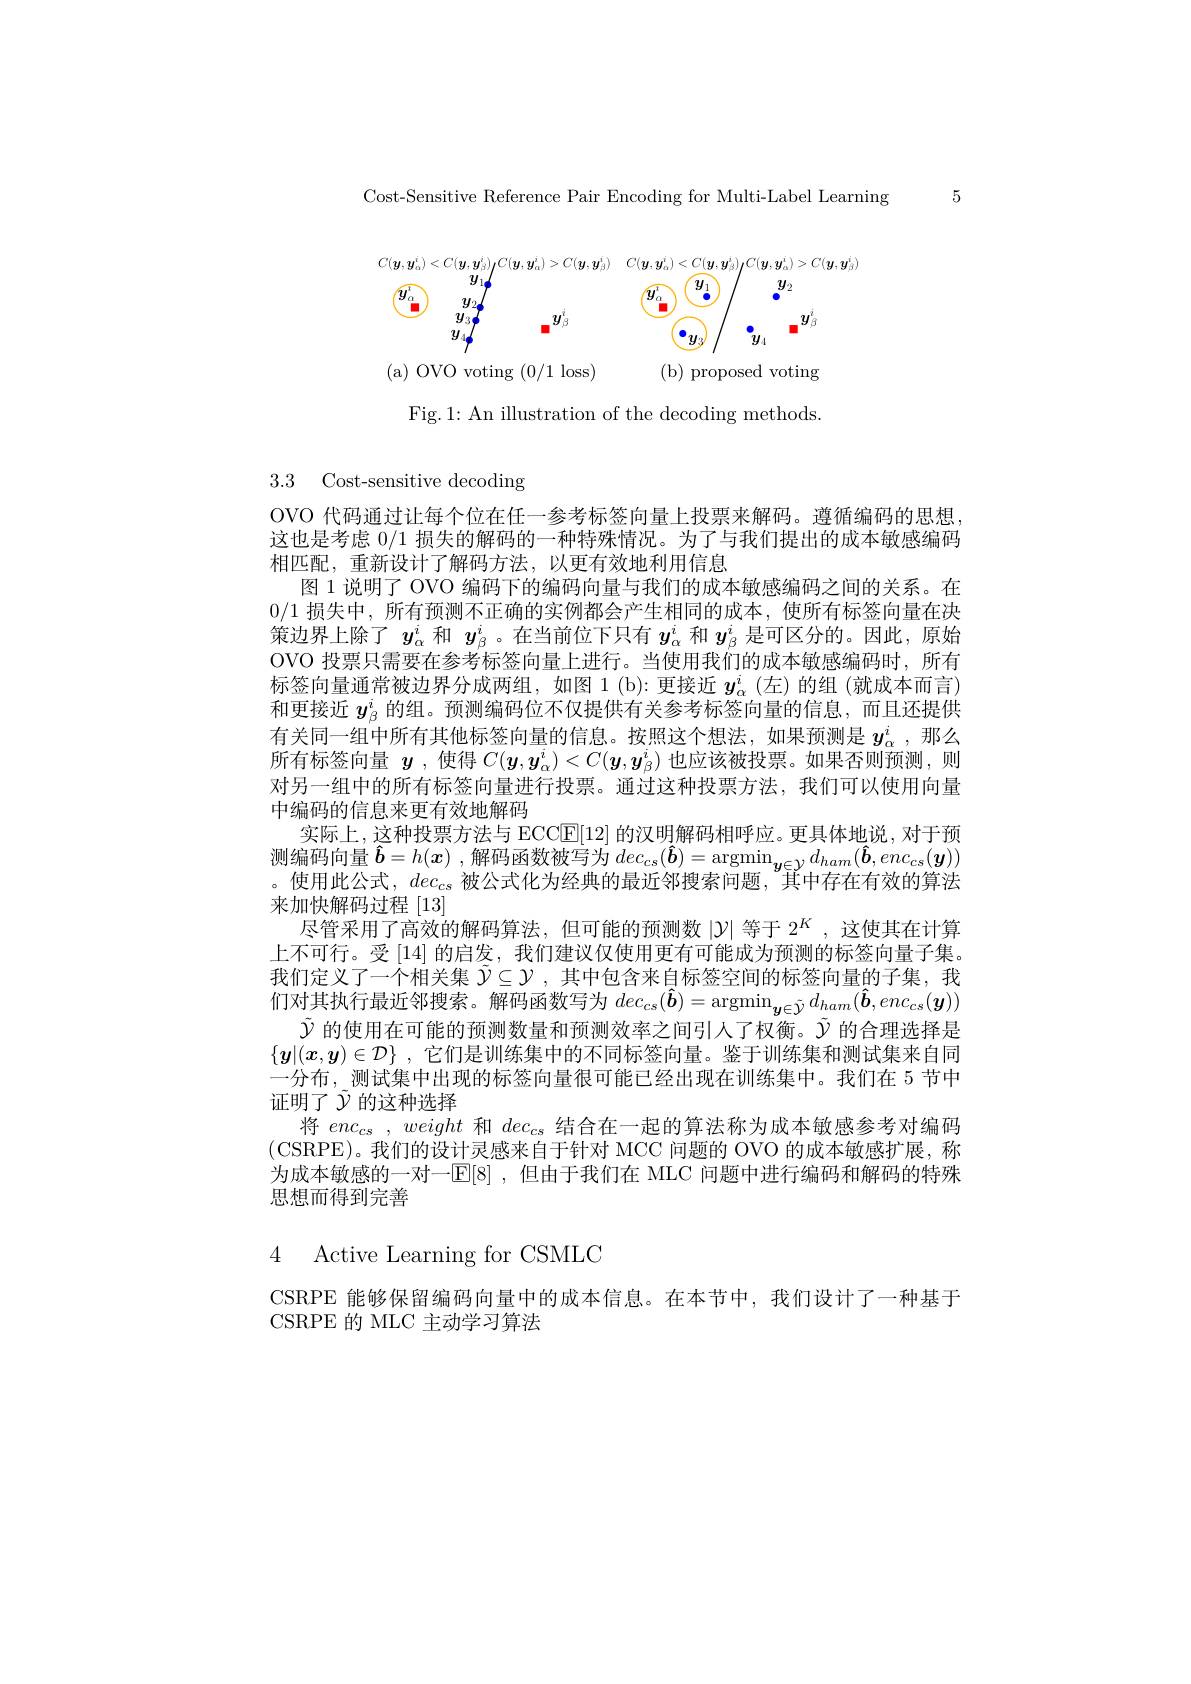
Cost-Sensitive Reference Pair Encoding for Multi-Label Learning 5
$$C(\boldsymbol{y},\boldsymbol{y}_{\alpha}^{i})<C(\boldsymbol{y},\boldsymbol{y}_{\beta}^{i})C(\boldsymbol{y},\boldsymbol{y}_{\alpha}^{i})>C(\boldsymbol{y},\boldsymbol{y}_{\beta}^{i})\quad C(\boldsymbol{y},\boldsymbol{y}_{\alpha}^{i})<C(\boldsymbol{y},\boldsymbol{y}_{\beta}^{i})C(\boldsymbol{y},\boldsymbol{y}_{\alpha}^{i})>C(\boldsymbol{y},\boldsymbol{y}_{\beta}^{i})\\\begin{array}{ccccccccccccccccccccccccccccccccccccccccccccccccccccccccccccccccccccccccccccccccccccccccccccccccccccccccccccccccccccccccccccccccccccccccccccccccccccccccccccccccccccccccccccccccccccccccccccccccccccccccccccccccccccccccccccccccccccccccccccccccccccccccccccccccccccccccccccccccccccccccccccccccccccccccccccccccccccccccccccccccccccccccccccccccccccccccccccccccccccccccccccccccccccccccccccccccccccccccccccccccccccccccccccccccccccccccccccccccccccccccccccccccccccccccccccccccccccccccccccccccccccccccccccccccccccccccccccccccccccccccccccccccccccccccccccccccccccccccccccccccccccccccccccccccccccccccccccccccccccccccccccccccccccccccccccccccccccccccccccccccccccccccccccccccccccccccccccccccccccccccccccccccccccccccccccccccccccccccccccccccccccccccccccccccccccccccccccccccccccccccccccccccccccccccccccccccccccccccccccccccccccccccccccccccccccccccccccccccccccccccccccccccccccc}\end{array}$$
( a) OVO voting ( 0/ 1 loss)
(b)proposed voting

Fig.1: An illustration of the decoding methods

3.3 Cost-sensitive decoding

OVO 代码通过让每个位在任一参考标签向量上投票来解码。遵循编码的思想这也是考虑0/1损失的解码的一种特殊情况。为了与我们提出的成本敏感编码相匹配，重新设计了解码方法，以更有效地利用信息
图 1 说明了 OVO 编码下的编码向量与我们的成本敏感编码之间的关系。在0/1损失中，所有预测不正确的实例都会产生相同的成本，使所有标签向量在决策边界上除了$y_{\alpha}^i$和$y_\mathrm{\beta}^i$ 。在当前位下只有$y_\mathrm{\alpha}^i$和$y_\mathrm{\beta}^i$是可区分的。因此，原始OVO 投票只需要在参考标签向量上进行。当使用我们的成本敏感编码时，所有标签向量通常被边界分成两组，如图 1(b):更接近$y_\alpha^i$ (左)的组 (就成本而言) 和更接近$y_\mathrm{\beta}^i$的组。预测编码位不仅提供有关参考标签向量的信息，而且还提供有关同一组中所有其他标签向量的信息。按照这个想法，如果预测是$y_\alpha^i$ ,那么所有标签向量$y$ ,使得$C(\boldsymbol{y},\boldsymbol{y}_\alpha^i)<C(\boldsymbol{y},\boldsymbol{y}_\beta^i)$也应该被投票。如果否则预测，则对另一组中的所有标签向量进行投票。通过这种投票方法，我们可以使用向量中编码的信息来更有效地解码
实际上，这种投票方法与 ECCCE[12] 的汉明解码相呼应。更具体地说，对于预测编码向量$\hat{\boldsymbol{b}}=h(\boldsymbol{x})$ ,解码函数被写为 $dec_cs(\hat{\boldsymbol{b}})=\underset{{\boldsymbol{y}\in\mathcal{Y}}}d_{ham}(\hat{\boldsymbol{b}},enc_{cs}(\boldsymbol{y}))$ 。使用此公式，$dec_\mathrm{cs}$被公式化为经典的最近邻搜索问题，其中存在有效的算法来加快解码过程 [13]
尽管采用了高效的解码算法，但可能的预测数$|\mathcal{Y}|$等于 2$^K$,这使其在计算上不可行。受 [14] 的启发，我们建议仅使用更有可能成为预测的标签向量子集。我们定义了一个相关集$\tilde{\mathcal{Y}}\subseteq\mathcal{Y}$,其中包含来自标签空间的标签向量的子集，我$\underset{\tilde{\boldsymbol{\text{们对其执行最近邻搜索。解码函数写为 }dec_{cs}(\hat{\boldsymbol{b}})=\operatorname{argmin}_{\boldsymbol{y}\in\tilde{\boldsymbol{y}}}d_{ham}(\hat{\boldsymbol{b}},enc_{cs}(\boldsymbol{y}))}}{\operatorname*{\text{们对其执行最近邻搜索。解码函数写为 }dec_{cs}(\hat{\boldsymbol{b}})=\operatorname{argmin}_{\boldsymbol{y}\in\tilde{\boldsymbol{y}}}d_{ham}(\hat{\boldsymbol{b}},enc_{cs}(\boldsymbol{y}))}{\operatorname*{\operatorname*{lin}}}}}$
$\tilde{\mathcal{Y}}$的使用在可能的预测数量和预测效率之间引人了权衡。$\tilde{\mathcal{Y}}$的合理选择是$\{ \boldsymbol{y}| ( x, \boldsymbol{y}) \in \mathcal{D} \}$ ,它们是训练集中的不同标签向量。鉴于训练集和测试集来自同一分布，测试集中出现的标签向量很可能已经出现在训练集中。我们在 5 节中证明了$\tilde{\mathcal{Y}}$的这种选择
将$enc_{cs}$ , weight和$dec_\mathrm{cs}$结合在一起的算法称为成本敏感参考对编码(CSRPE)。我们的设计灵感来自于针对 MCC 问题的 OVO 的成本敏感扩展，称为成本敏感的一对一[E[8] ,但由于我们在 MLC 问题中进行编码和解码的特殊思想而得到完善

4 Active Learning for CSMLC

CSRPE 能够保留编码向量中的成本信息。在本节中，我们设计了一种基于
CSRPE 的 MLC 主动学习算法